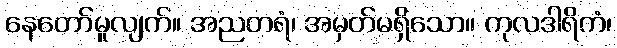
နေတော်မူလျက်။ အညတရံ၊ အမှတ်မရှိသော။ ကုလဒါရိကံ၊